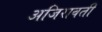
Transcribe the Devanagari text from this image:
अजिरावती